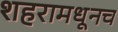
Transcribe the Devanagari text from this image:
शहरामधूनच